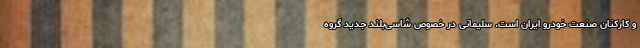
و کارکنان صنعت خودرو ایران است. سلیمانی در خصوص شاسی‌بلند جدید گروه